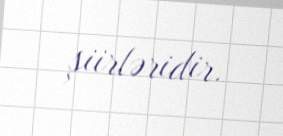
şiirləridir.